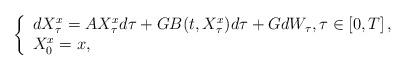
LaTeX: \begin{align*}\left\{\begin{array}[c]{l}dX_\tau^{x} =AX_\tau ^{x} d\tau+GB(t,X_\tau ^{x} )d\tau+GdW_\tau ,\tau\in\left[0,T\right], \\X_0^{x} =x,\end{array}\right. \end{align*}